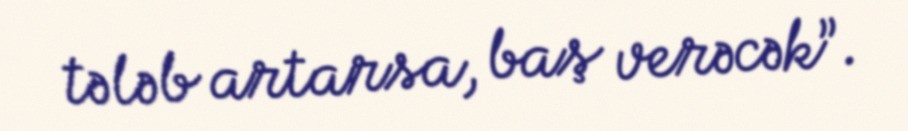
tələb artarsa, baş verəcək”.